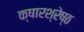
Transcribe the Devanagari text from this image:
क्षारश्रेष्ठ